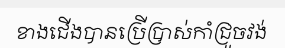
ខាងជើងបានប្រើប្រាស់កាំជ្រួចវង់